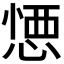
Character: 𢝴